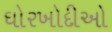
ઘોરખોદીઓ